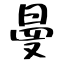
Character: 曼